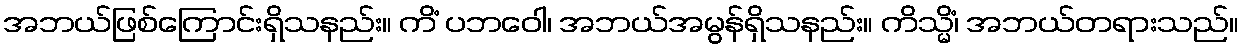
အဘယ်ဖြစ်ကြောင်းရှိသနည်း။ ကိံ ပဘဝေါ၊ အဘယ်အမွန်ရှိသနည်း။ ကိသ္မိံ၊ အဘယ်တရားသည်။